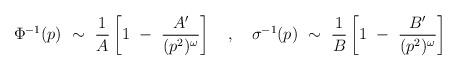
LaTeX: \begin{align*}\Phi^{-1}(p) ~ \sim ~ \frac{1}{A} \left[ 1 ~-~ \frac{A^\prime}{(p^2)^{\omega}} \right] ~~~,~~~ \sigma^{-1}(p) ~ \sim ~ \frac{1}{B} \left[ 1 ~-~ \frac{B^\prime}{(p^2)^{\omega}} \right]\end{align*}